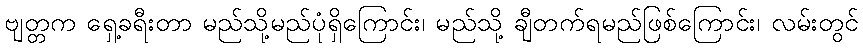
ဗျတ္တက ရှေ့ခရီးတာ မည်သို့မည်ပုံရှိကြောင်း၊ မည်သို့ ချီတက်ရမည်ဖြစ်ကြောင်း၊ လမ်းတွင်